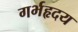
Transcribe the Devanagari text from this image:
गर्भहृदय